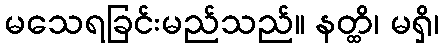
မသေရခြင်းမည်သည်။ နတ္ထိ၊ မရှိ၊